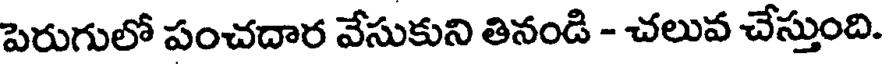
పెరుగులో పంచదార వేసుకుని తినండి - చలువ చేస్తుంది.